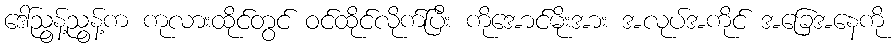
ဒေါ်ညွန့်ညွန့်က ကုလားထိုင်တွင် ဝင်ထိုင်လိုက်ပြီး ကိုအောင်မိုးအား အလုပ်အကိုင် အခြေအနေကို